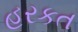
હરકત